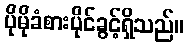
ပိုမိုခံစားပိုင်ခွင့်ရှိသည်။